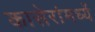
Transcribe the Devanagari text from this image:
कासेरांमध्यें